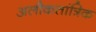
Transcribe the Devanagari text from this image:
अलौकतांत्रिक